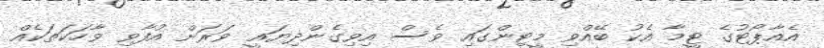
އެއާޕޯޓުގެ ޓީމާ އެކު ބޭއްވި މީޓިންގައި ވެސް އިވިގެންދިޔައީ ވަރަށް އުފާވި ވާހަކަތަކެއް